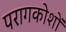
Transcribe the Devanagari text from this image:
परागकोशों